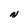
Character: N